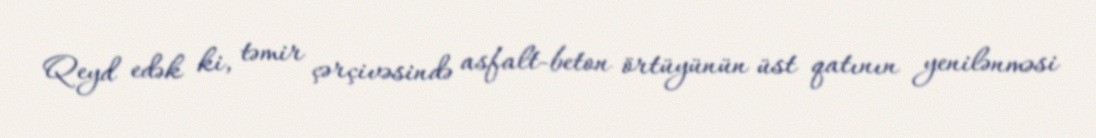
Qeyd edək ki, təmir çərçivəsində asfalt-beton örtüyünün üst qatının yenilənməsi